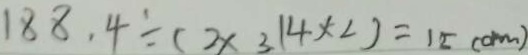
1 8 8 . 4 \div ( 2 \times 3 . 1 4 \times 2 ) = 1 5 ( c m )